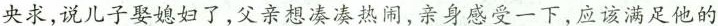
央求,说儿子娶媳妇了,父亲想凑凑热闹,亲身感受一下,应该满足他的